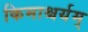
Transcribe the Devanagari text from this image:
किमाश्चर्यम्